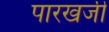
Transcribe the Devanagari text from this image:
पारखजी